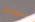
سمحتم